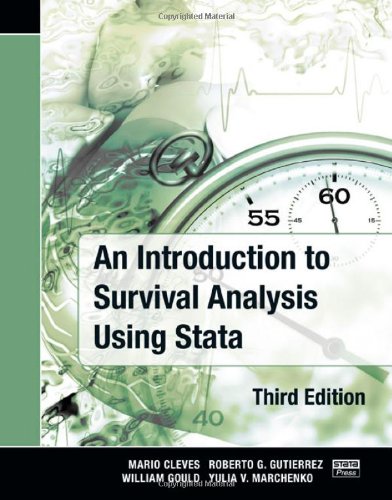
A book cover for An Introduction to Survival Analysis Using Stata, Third Edition; Mario Cleves; Computers & Technology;